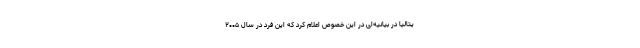
یتالیا در بیانیه‌ای در این خصوص اعلام کرد که این فرد در سال ۲۰۰۵